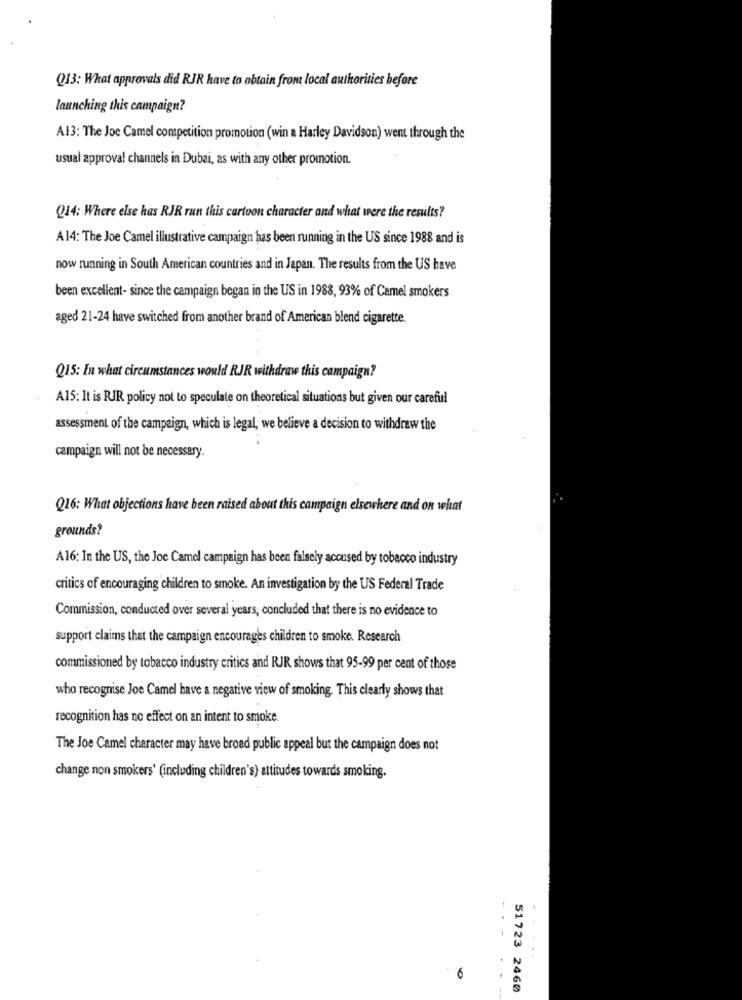
Q13: What approvals did RJR have to obtain from local authorities before
launching this campaign?
A13: The Joe Camel competition promotion (win a Harley Davidson) went through the
usual approval channels in Dubai, as with any other promotion.
Q14: Where else has RJR run this cartoon character and what were the results?
A14: The Joe Camel illustrative campaign has been running in the US since 1988 and is
now running in South American countries and in Japan. The results from the US have
been excellent- since the campaign began in the US in 1988, 93% of Camel smokers
aged 21-24 have switched from another brand of American blend cigarette.
Q15: In what circumstances would RJR withdraw this campaign?
A15: It is RJR policy not to speculate on theoretical situations but given our careful
assessment of the campaign, which is legal; we believe a decision to withdraw the
campaign will not be necessary.
Q16: What objections have been raised about this campaign elsewhere and on what
grounds?
A16: In the US, the Joe Camel campaign has been falsely accused by tobacco industry
critics of encouraging children to smoke. An investigation by the US Federal Trade
Commission, conducted over several years, concluded that there is no evidence to
support claims that the campaign encourages children to smoke. Research
commissioned by tobacco industry critics and RJR shows that 95-99 per cent of those
who recognise Joe Camel have a negative view of smoking. This clearly shows that
recognition has no effect on an intent to smoke.
The Joe Camel character may have broad public appeal but the campaign does not
change non smokers' (including children's) attitudes towards smoking.
1
6
51723 2460